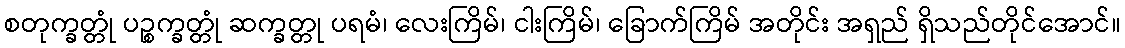
စတုက္ခတ္တုံ ပဉ္စက္ခတ္တုံ ဆက္ခတ္တု ပရမံ၊ လေးကြိမ်၊ ငါးကြိမ်၊ ခြောက်ကြိမ် အတိုင်း အရှည် ရှိသည်တိုင်အောင်။